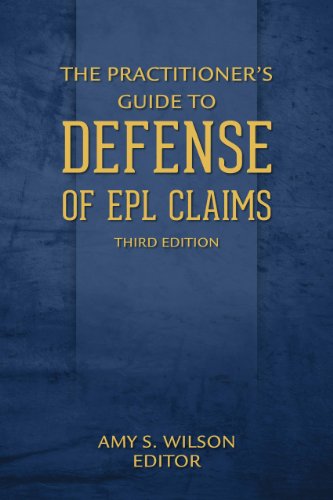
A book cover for The Practitioner's Guide to Defense of EPL Claims; Business & Money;